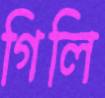
গিলি